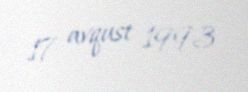
17 avqust 1993